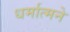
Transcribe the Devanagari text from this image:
धर्मात्मने